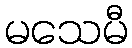
မသေမီ